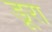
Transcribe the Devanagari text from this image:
डूरा